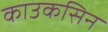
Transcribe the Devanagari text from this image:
काउकसिन